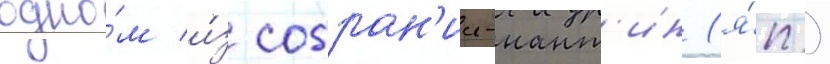
одно́м и́з собран'ии-нант'ин (я́п.)